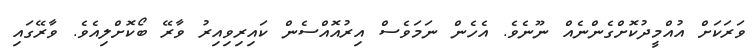
ވަރަކަށް އުއްމީދުކޮށްގެންނެެއް ނޫނެވެ. އެހެން ނަމަވެސް އިރުއޮއްސެން ކައިރިވިއިރު ވާރޭ ބޯކޮށްލިއެވެ. ވާރޭގައި